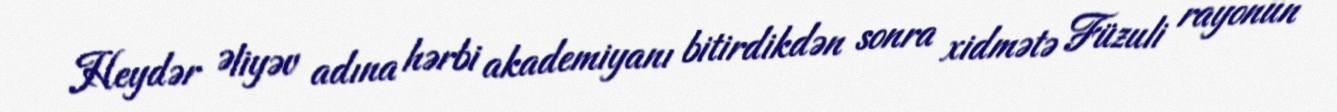
Heydər Əliyəv adına hərbi akademiyanı bitirdikdən sonra xidmətə Füzuli rayonun